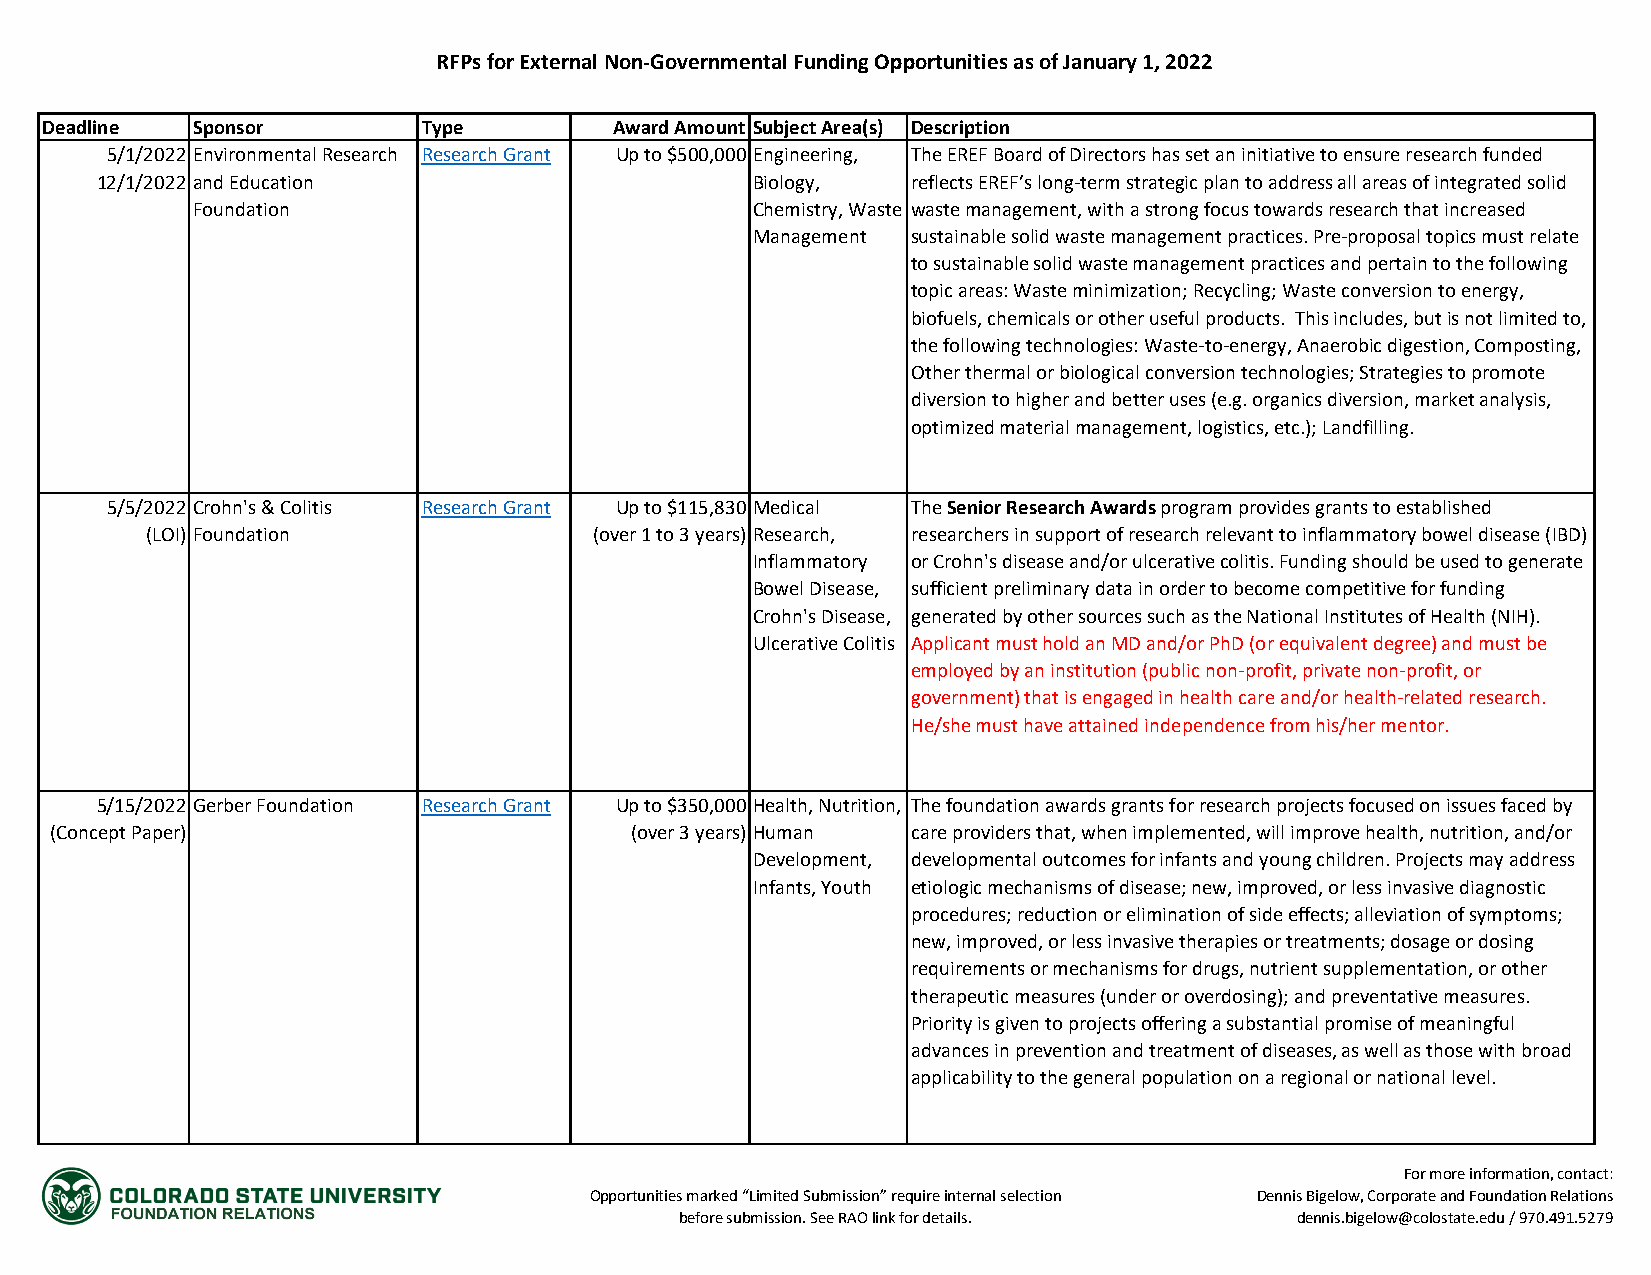
RFPs for External Non-Governmental Funding Opportunities as of January 1, 2022
 Deadline  Sponsor        Type         Award Amount Subject Area(s) Description
 5/1/2022 Environmental Research Research Grant Up to $500,000 Engineering, The EREF Board of Directors has set an initiative to ensure research funded
 12/1/2022 and Education                     Biology,  reflects EREF’s long-term strategic plan to address all areas of integrated solid
 Foundation                           Chemistry, Waste waste management, with a strong focus towards research that increased
 Management sustainable solid waste management practices. Pre-proposal topics must relate
 to sustainable solid waste management practices and pertain to the following
 topic areas: Waste minimization; Recycling; Waste conversion to energy,
 biofuels, chemicals or other useful products. This includes, but is not limited to,
 the following technologies: Waste-to-energy, Anaerobic digestion, Composting,
 Other thermal or biological conversion technologies; Strategies to promote
 diversion to higher and better uses (e.g. organics diversion, market analysis,
 optimized material management, logistics, etc.); Landfilling.
 5/5/2022 Crohn's & Colitis Research Grant Up to $115,830 Medical The Senior Research Awards program provides grants to established
 (LOI) Foundation             (over 1 to 3 years) Research, researchers in support of research relevant to inflammatory bowel disease (IBD)
 Inflammatory or Crohn's disease and/or ulcerative colitis. Funding should be used to generate
 Bowel Disease, sufficient preliminary data in order to become competitive for funding
 Crohn's Disease, generated by other sources such as the National Institutes of Health (NIH).
 Ulcerative Colitis Applicant must hold an MD and/or PhD (or equivalent degree) and must be
 employed by an institution (public non-profit, private non-profit, or
 government) that is engaged in health care and/or health-related research.
 He/she must have attained independence from his/her mentor.
 5/15/2022 Gerber Foundation Research Grant Up to $350,000 Health, Nutrition, The foundation awards grants for research projects focused on issues faced by
 (Concept Paper)                        (over 3 years) Human care providers that, when implemented, will improve health, nutrition, and/or
 Development, developmental outcomes for infants and young children. Projects may address
 Infants, Youth etiologic mechanisms of disease; new, improved, or less invasive diagnostic
 procedures; reduction or elimination of side effects; alleviation of symptoms;
 new, improved, or less invasive therapies or treatments; dosage or dosing
 requirements or mechanisms for drugs, nutrient supplementation, or other
 therapeutic measures (under or overdosing); and preventative measures.
 Priority is given to projects offering a substantial promise of meaningful
 advances in prevention and treatment of diseases, as well as those with broad
 applicability to the general population on a regional or national level.
 For more information, contact:
 Opportunities marked “Limited Submission” require internal selection Dennis Bigelow, Corporate and Foundation Relations
 before submission. See RAO link for details. dennis.bigelow@colostate.edu / 970.491.5279